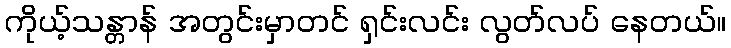
ကိုယ့်သန္တာန် အတွင်းမှာတင် ရှင်းလင်း လွတ်လပ် နေတယ်။